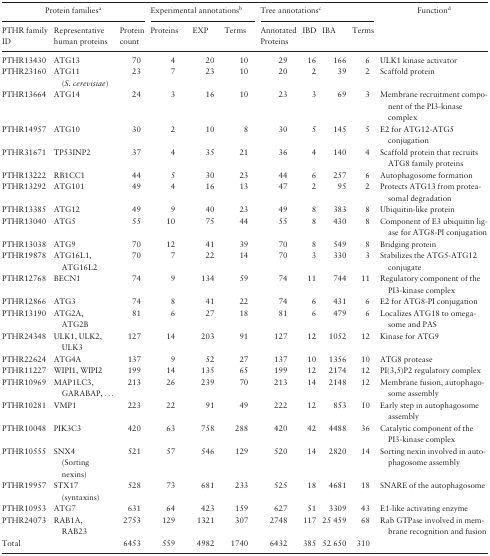
<table><thead><tr><td colspan="3"><b>Protein families<sup>a</sup></b></td><td colspan="3"><b>Experimental annotations<sup>b</sup></b></td><td colspan="4"><b>Tree annotations<sup>c</sup></b></td><td><b>Function<sup>d</sup></b></td></tr><tr><td><b>PTHR family ID</b></td><td><b>Representative human proteins</b></td><td><b>Protein count</b></td><td><b>Proteins</b></td><td><b>EXP</b></td><td><b>Terms</b></td><td><b>Annotated Proteins</b></td><td><b>IBD</b></td><td><b>IBA</b></td><td><b>Terms</b></td><td></td></tr></thead><tbody><tr><td>PTHR13430</td><td>ATG13</td><td>70</td><td>4</td><td>20</td><td>10</td><td>29</td><td>16</td><td>166</td><td>6</td><td>ULK1 kinase activator</td></tr><tr><td>PTHR23160</td><td>ATG11 (<i>S. cerevisiae</i>)</td><td>23</td><td>7</td><td>23</td><td>10</td><td>20</td><td>2</td><td>39</td><td>2</td><td>Scaffold protein</td></tr><tr><td>PTHR13664</td><td>ATG14</td><td>24</td><td>3</td><td>16</td><td>10</td><td>23</td><td>3</td><td>69</td><td>3</td><td>Membrane recruitment component of the PI3-kinase complex</td></tr><tr><td>PTHR14957</td><td>ATG10</td><td>30</td><td>2</td><td>10</td><td>8</td><td>30</td><td>5</td><td>145</td><td>5</td><td>E2 for ATG12-ATG5 conjugation</td></tr><tr><td>PTHR31671</td><td>TP53INP2</td><td>37</td><td>4</td><td>35</td><td>21</td><td>36</td><td>4</td><td>140</td><td>4</td><td>Scaffold protein that recruits ATG8 family proteins</td></tr><tr><td>PTHR13222</td><td>RB1CC1</td><td>44</td><td>5</td><td>30</td><td>23</td><td>44</td><td>6</td><td>257</td><td>6</td><td>Autophagosome formation</td></tr><tr><td>PTHR13292</td><td>ATG101</td><td>49</td><td>4</td><td>16</td><td>13</td><td>47</td><td>2</td><td>95</td><td>2</td><td>Protects ATG13 from proteasomal degradation</td></tr><tr><td>PTHR13385</td><td>ATG12</td><td>49</td><td>9</td><td>40</td><td>23</td><td>49</td><td>8</td><td>383</td><td>8</td><td>Ubiquitin-like protein</td></tr><tr><td>PTHR13040</td><td>ATG5</td><td>55</td><td>10</td><td>75</td><td>44</td><td>55</td><td>8</td><td>430</td><td>8</td><td>Component of E3 ubiquitin ligase for ATG8-PI conjugation</td></tr><tr><td>PTHR13038</td><td>ATG9</td><td>70</td><td>12</td><td>41</td><td>39</td><td>70</td><td>8</td><td>549</td><td>8</td><td>Bridging protein</td></tr><tr><td>PTHR19878</td><td>ATG16L1, ATG16L2</td><td>70</td><td>7</td><td>22</td><td>14</td><td>70</td><td>3</td><td>330</td><td>3</td><td>Stabilizes the ATG5-ATG12 conjugate</td></tr><tr><td>PTHR12768</td><td>BECN1</td><td>74</td><td>9</td><td>134</td><td>59</td><td>74</td><td>11</td><td>744</td><td>11</td><td>Regulatory component of the PI3-kinase complex</td></tr><tr><td>PTHR12866</td><td>ATG3</td><td>74</td><td>8</td><td>41</td><td>22</td><td>74</td><td>6</td><td>431</td><td>6</td><td>E2 for ATG8-PI conjugation</td></tr><tr><td>PTHR13190</td><td>ATG2A, ATG2B</td><td>81</td><td>6</td><td>27</td><td>18</td><td>81</td><td>6</td><td>479</td><td>6</td><td>Localizes ATG18 to omegasome and PAS</td></tr><tr><td>PTHR24348</td><td>ULK1, ULK2, ULK3</td><td>127</td><td>14</td><td>203</td><td>91</td><td>127</td><td>12</td><td>1052</td><td>12</td><td>Kinase for ATG9</td></tr><tr><td>PTHR22624</td><td>ATG4A</td><td>137</td><td>9</td><td>52</td><td>27</td><td>137</td><td>10</td><td>1356</td><td>10</td><td>ATG8 protease</td></tr><tr><td>PTHR11227</td><td>WIPI1, WIPI2</td><td>199</td><td>14</td><td>135</td><td>65</td><td>199</td><td>12</td><td>2174</td><td>12</td><td>PI(3,5)P2 regulatory complex</td></tr><tr><td>PTHR10969</td><td>MAP1LC3, GARABAP, ...</td><td>213</td><td>26</td><td>239</td><td>70</td><td>213</td><td>14</td><td>2148</td><td>12</td><td>Membrane fusion, autophagosome assembly</td></tr><tr><td>PTHR10281</td><td>VMP1</td><td>223</td><td>22</td><td>91</td><td>49</td><td>222</td><td>12</td><td>853</td><td>10</td><td>Early step in autophagosome assembly</td></tr><tr><td>PTHR10048</td><td>PIK3C3</td><td>420</td><td>63</td><td>758</td><td>288</td><td>420</td><td>42</td><td>4488</td><td>36</td><td>Catalytic component of the PI3-kinase complex</td></tr><tr><td>PTHR10555</td><td>SNX4 (Sorting nexins)</td><td>521</td><td>57</td><td>546</td><td>129</td><td>520</td><td>14</td><td>2820</td><td>14</td><td>Sorting nexin involved in autophagosome assembly</td></tr><tr><td>PTHR19957</td><td>STX17 (syntaxins)</td><td>528</td><td>73</td><td>681</td><td>233</td><td>525</td><td>18</td><td>4681</td><td>18</td><td>SNARE of the autophagosome</td></tr><tr><td>PTHR10953</td><td>ATG7</td><td>631</td><td>64</td><td>423</td><td>159</td><td>627</td><td>51</td><td>3309</td><td>43</td><td>E1-like activating enzyme</td></tr><tr><td>PTHR24073</td><td>RAB1A, RAB23</td><td>2753</td><td>129</td><td>1321</td><td>307</td><td>2748</td><td>117</td><td>25 459</td><td>68</td><td>Rab GTPase involved in membrane recognition and fusion</td></tr><tr><td>Total</td><td></td><td>6453</td><td>559</td><td>4982</td><td>1740</td><td>6432</td><td>385</td><td>52 650</td><td>310</td><td></td></tr></tbody></table>